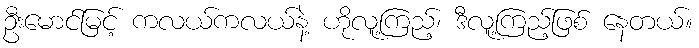
ဦးမောင်မြင့် ကလယ်ကလယ်နဲ့ ဟိုလူ့ကြည့်၊ ဒီလူ့ကြည့်ဖြစ် နေတယ်။